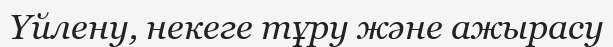
Үйлену, некеге тұру және ажырасу